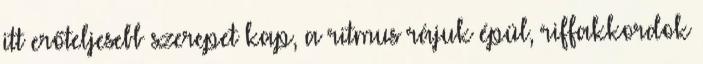
itt erőteljesebb szerepet kap, a ritmus rájuk épül, riffakkordok